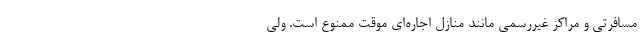
مسافرتی و مراکز غیررسمی مانند منازل اجاره‌ای موقت ممنوع است. ولی